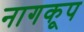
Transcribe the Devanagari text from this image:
नागकूप